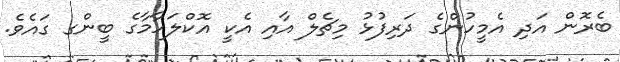
ބެރޮން އަދި އެމީހުންގެ ދަރިފުޅު މިޗެލް އާއި އެކީ އޮކްލަހާމާގެ ބީންގ ގައެވެ.